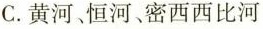
C.黄河、恒河、密西西比河